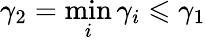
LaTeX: \gamma_{2}=\operatorname*{min}_{i}\gamma_{i}\leqslant\gamma_{1}